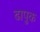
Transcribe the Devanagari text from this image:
ढापुक